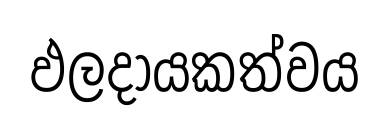
ඵලදායකත්වය